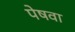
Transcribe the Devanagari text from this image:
पेषवा